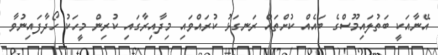
އޭނާއަކީ ބަތުލައިމޫސްގެ ބައެއް ކުށްތައް ރަނގަޅު ކުރައްވައި މިދާއިރާގައި ކުރިން މީހަކު ހޯދާފައިނުވާ